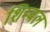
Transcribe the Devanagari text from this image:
शिम्बल